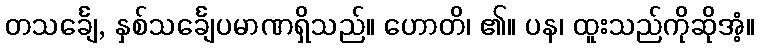
တသင်္ချေ, နှစ်သင်္ချေပမာဏရှိသည်။ ဟောတိ၊ ၏။ ပန၊ ထူးသည်ကိုဆိုအံ့။